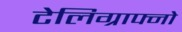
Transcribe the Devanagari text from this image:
टेलिग्राफ्नो